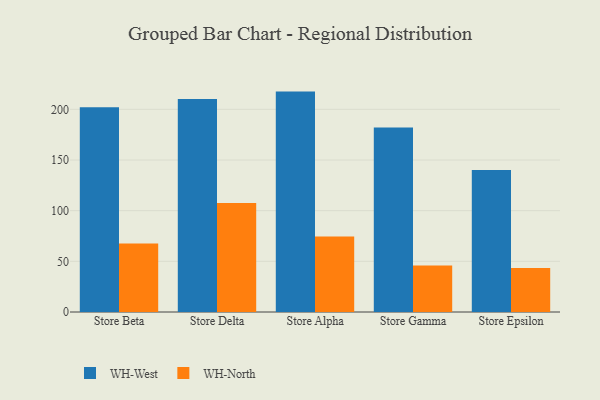
{"axis": {"x": "Store", "y": "Website Visitors"}, "legend": ["WH-North", "WH-West"], "data": [{"x": "Store Beta", "y": 202.1, "type": "WH-West"}, {"x": "Store Beta", "y": 67.6, "type": "WH-North"}, {"x": "Store Delta", "y": 210.1, "type": "WH-West"}, {"x": "Store Delta", "y": 107.5, "type": "WH-North"}, {"x": "Store Alpha", "y": 217.5, "type": "WH-West"}, {"x": "Store Alpha", "y": 74.5, "type": "WH-North"}, {"x": "Store Gamma", "y": 182.1, "type": "WH-West"}, {"x": "Store Gamma", "y": 45.8, "type": "WH-North"}, {"x": "Store Epsilon", "y": 140.1, "type": "WH-West"}, {"x": "Store Epsilon", "y": 43.3, "type": "WH-North"}]}